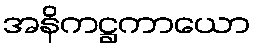
အနိကဋ္ဌကာယော